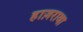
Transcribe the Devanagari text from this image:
हाज़रावा